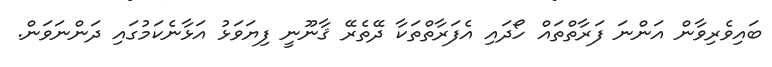
ބައިވެރިވާން އަންނަ ފަރާތްތައް ހޯދައި އެފަރާތްތަކާ ދޭތެރޭ ޤާނޫނީ ފިޔަވަޅު އަޅާނެކަމުގައި ދަންނަވަން.